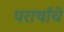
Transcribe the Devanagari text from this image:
परार्थाचे